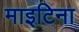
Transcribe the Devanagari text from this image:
माइटिना